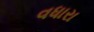
વધારા